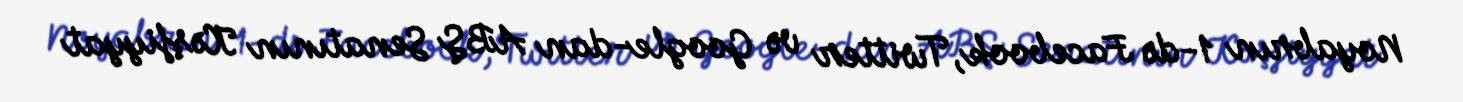
Noyabrın 1-də Facebook, Twitter və Google-dan ABŞ Senatının Kəşfiyyat